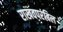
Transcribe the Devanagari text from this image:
राखवपरंबिल